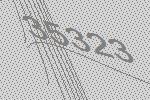
35323